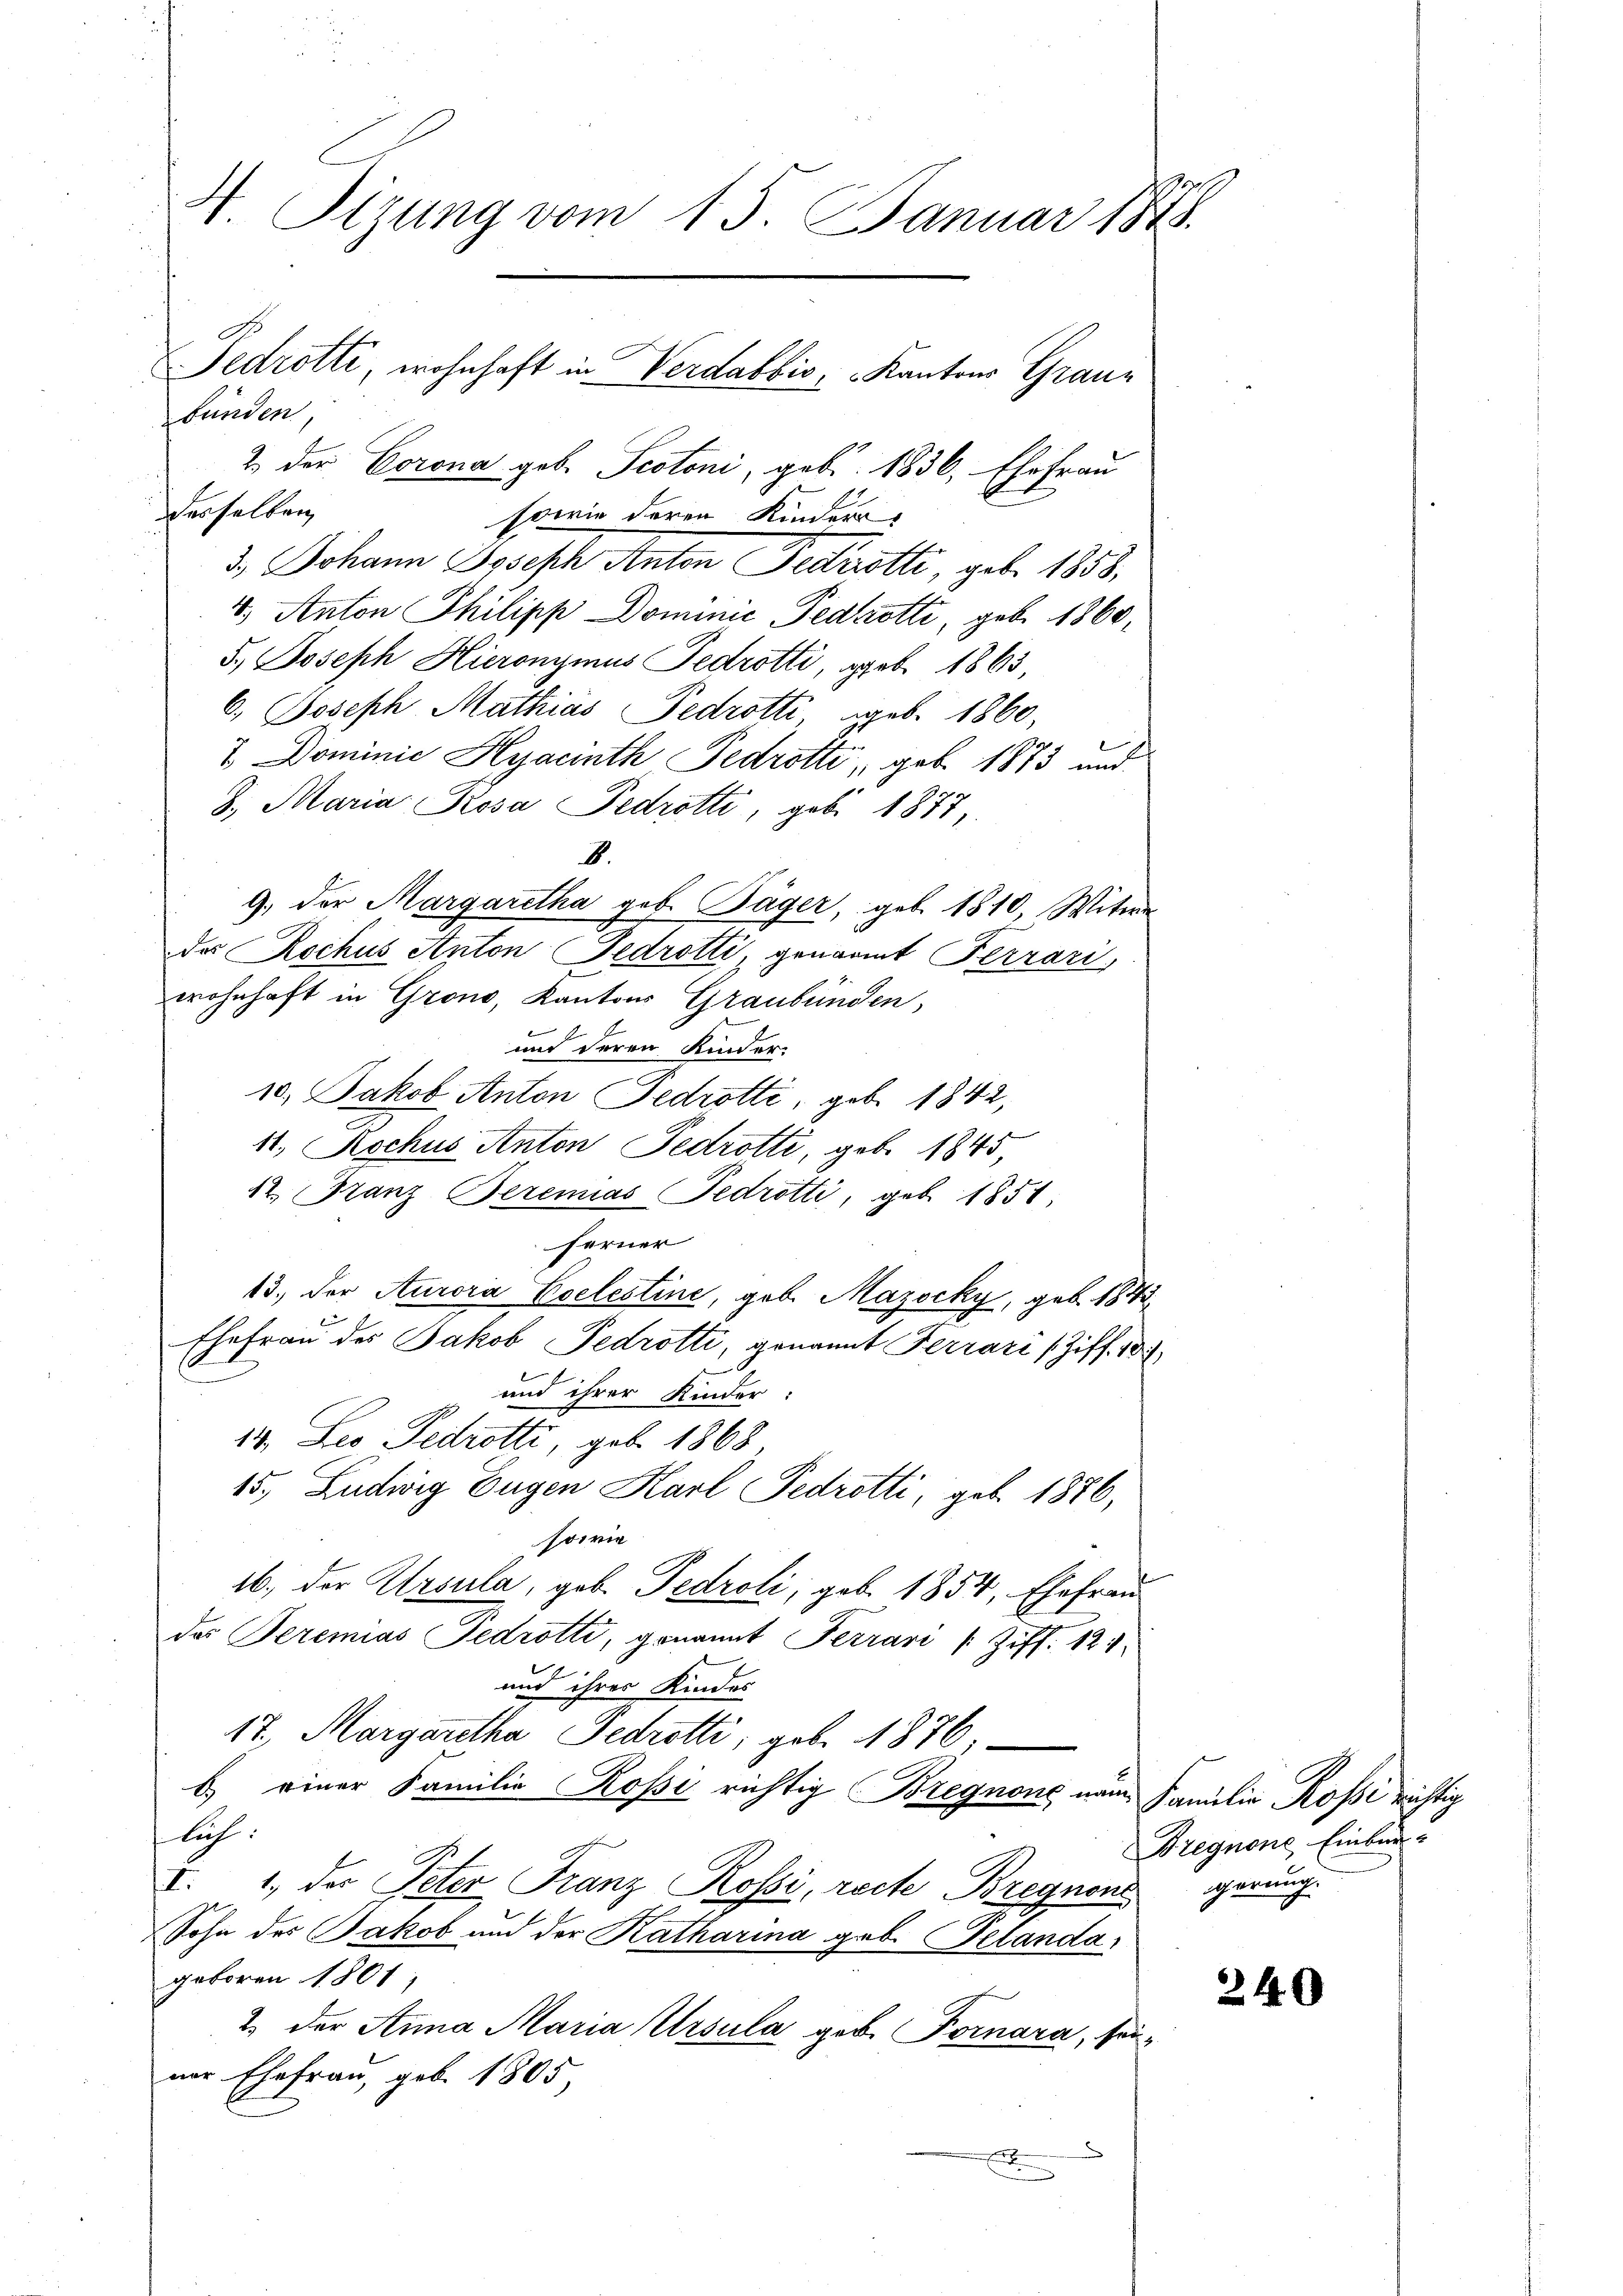
4 Sizung vom 15. Januar 188

bünden,
2. der Corona geb. Pectoni, geb. 1836, Ehefrau
derselben
sowie deren Kinderr
3.) Johann Joseph Anton Testaetti, geb. 1858.
4.) Anton Philipp Dominić Pedkrotti, geb. 1860,
5.) Joseph Hieronymus Fedrotti, geb. 1865,
6.) Joseph Mathias Fedrotti geb. 1860,
7 Dominie Hyacinth Pedrotti, geb. 1873 und
8. Maria Rosa Pedrotti, geb. 1873,
8.
9. der Margaretha geb. Täger, geb. 1810, Witwe
da Rochus Anton Gedrotti, genannt Ferrari
wohnhaft in Grono, Kantons Graubünden,
und deren Kinder.
10. Jakob Anton Pedrotti, geb. 1842,
11., Rochus Anton Pedrotti, geb. 1845,
412. Franz Beremias Fedrotti, geb. 1851,
ferner
13., der Aurora Coelestine, geb. Mazocky, geb. 1843
e
Ehefrau des Jakob Fedrotti, genannt Ferrari (Ziff. 18
und ihrer Kinder:
14. Leo Gedrotti, geb. 1868
15. Ludwig Eugen Karl Pedrotti, geb. 1886,
sowie
16. der Ursula, geb. Pedroli; geb. 1854, Ehefrau
das Peremias Tedrotti, genannt Perrari / Ziff. 121.
und ihrer Kindes
17. Margaretha Pedrotti, geb. 1876,
b.) einer Familie Rossi richtig Bregnone name Familie Rossi richtig
lich:
I. 1., des Peter Franz Rossi, recte Bregnen gerung.
Sohn des Jakob und der Katharina geb. Pelanda
geboren 1801,
2. der Anna Maria Ursula geb. Fornara, seiner Ehefrau, geb. 1805

Fedrotti, wohnhaft in Verdabbis, Kantons Grauz

Bregnone Einbur

240